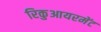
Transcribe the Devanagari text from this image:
रिकुआयरमेंट